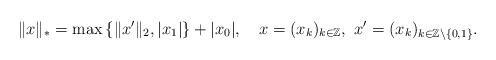
LaTeX: \begin{align*}\|x\|_* = \max\left\{\|x'\|_2, |x_1|\right\}+ |x_0| , \ \ \ x =(x_k)_{k \in \mathbb{Z}}, \ x' = (x_k)_{k \in\mathbb{Z}\setminus\{0, 1\}} .\end{align*}